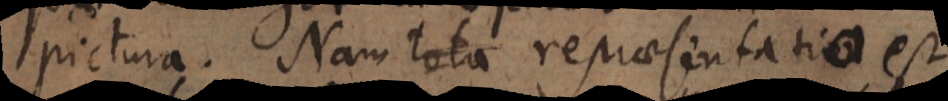
pictura. Nam repraesentatio est